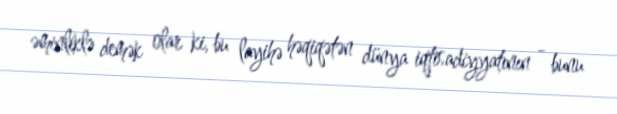
əminliklə demək olar ki, bu layihə həqiqətən dünya iqtisadiyyatının - bunu